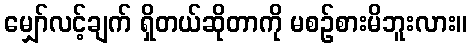
မျှော်လင့်ချက် ရှိတယ်ဆိုတာကို မစဉ်စားမိဘူးလား။